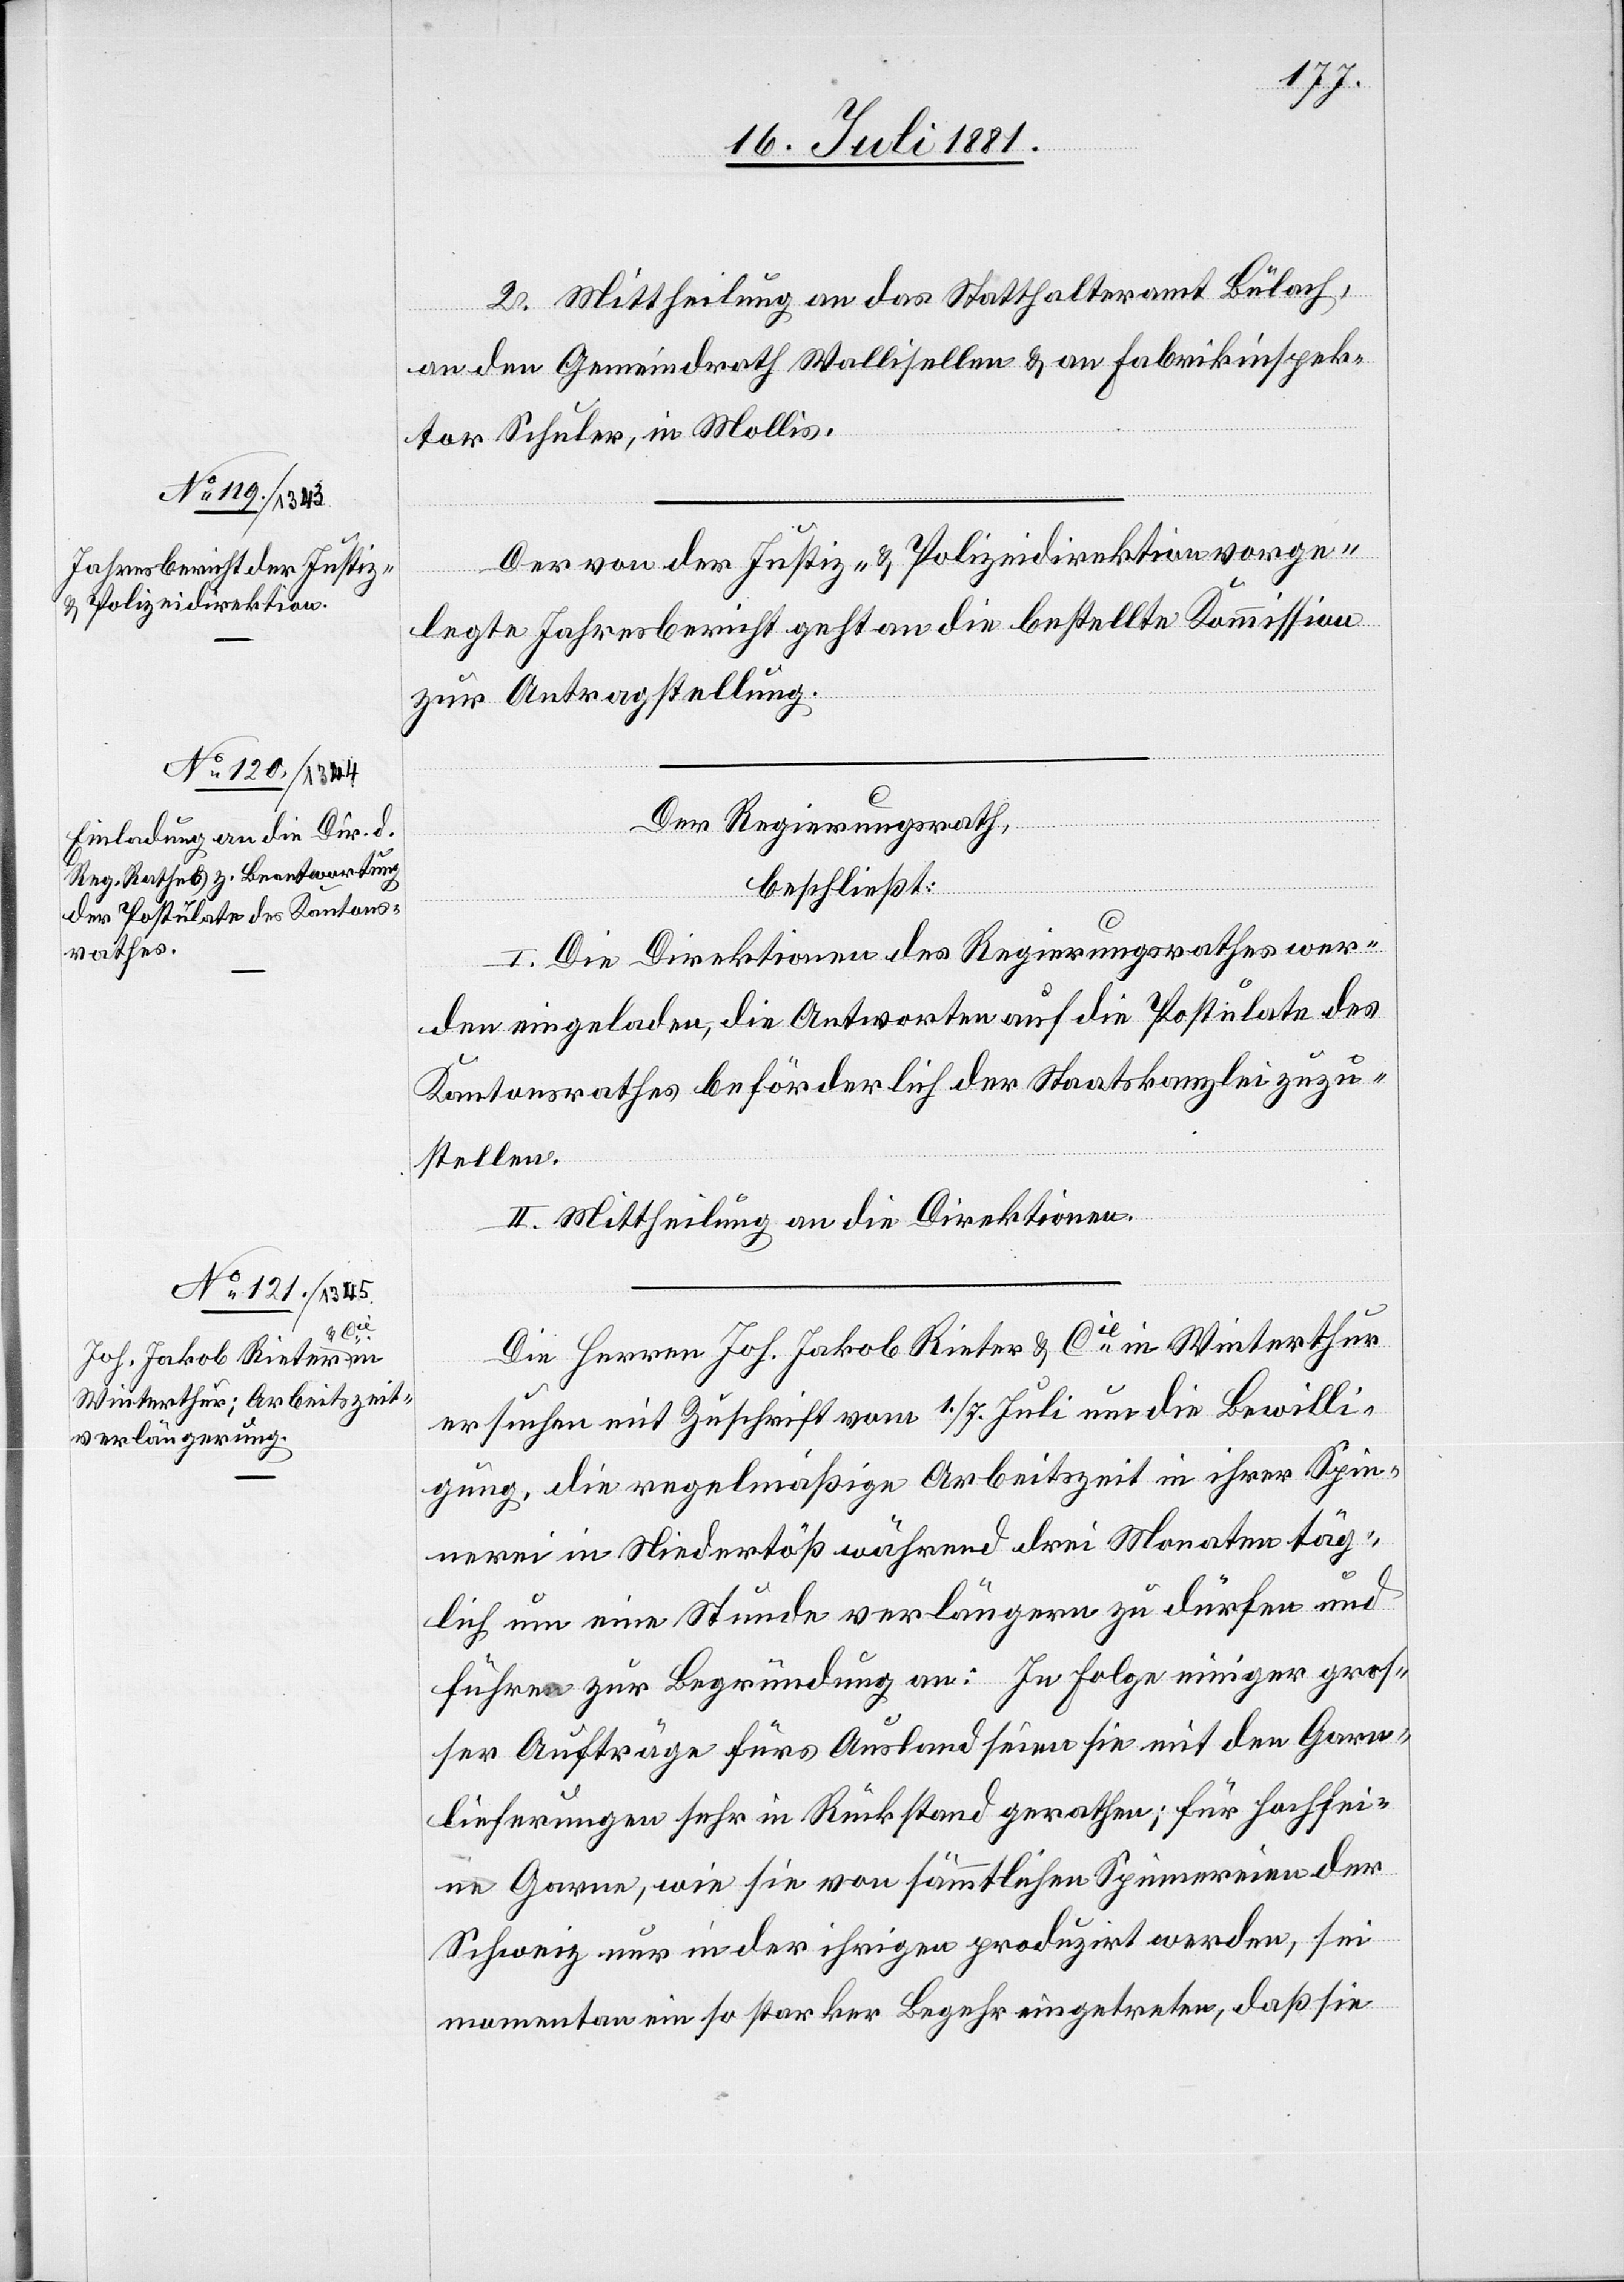
2. Mittheilung an das Statthalteramt Bülach,
an den Gemeindrath Wollishofen & an Fabrikinspek¬
tor Schuler, in Mollis.
Der von der Justiz- & Polizeidirektion vorge¬
legte Jahresbericht geht an die bestellte Kommission
zur Antragstellung.
Der Regierungsrath,
beschließt:
I. Die Direktionen des Regierungsrathes wer¬
den eingeladen, die Antworten auf die Postulate des
Kantonsrathes beförderlich der Staatskanzlei zuzu¬
stellen.
II. Mittheilung an die Direktionen.
Die Herren Joh. Jakob Rieter & Cie in Winterthur
ersuchen mit Zuschrift vom 1./7. Juli um die Bewilli¬
gung, die regelmäßige Arbeitszeit in ihrer Spin¬
nerei in Niedertöß während drei Monaten täg¬
lich um eine Stunde verlängern zu dürfen und
führen zur Begründung an: In Folge einiger gros¬
ser Aufträge fürs Ausland seien sie mit den Garn¬
lieferungen sehr in Rückstand gerathen; für hochfei¬
ne Garne, wie sie von sämmtlichen Spinnereien der
Schweiz nur in der ihrigen produzirt werden, sei
momentan ein so starker Begehr eingetreten, daß sie